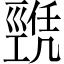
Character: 𢀫